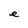
Character: e